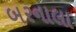
બરનાલા